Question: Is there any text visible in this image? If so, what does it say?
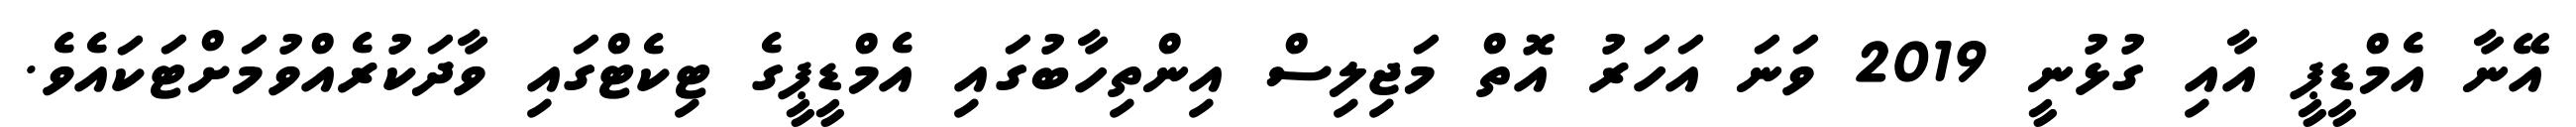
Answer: އޭނާ އެމްޑީޕީ އާއި ގުޅުނީ 2019 ވަނަ އަހަރު އޮތް މަޖިލިސް އިންތިހާބުގައި އެމްޑީޕީގެ ޓިކެޓްގައި ވާދަކުރެއްވުމަށްޓަކައެވެ.